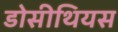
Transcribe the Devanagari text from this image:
डोसीथियस